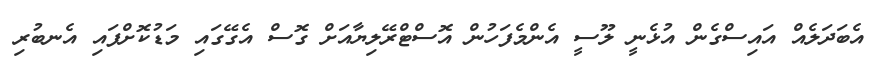
އެބަދަލެއް އައިސްގެން އުޅެނީ ލޫސީ އެންމެފަހުން އޮސްޓްރޭލިޔާއަށް ގޮސް އެގޭގައި މަޑުކޮށްފައި އެނބުރި